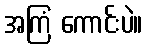
အကြံ ကောင်းပဲ။